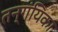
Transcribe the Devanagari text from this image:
तन्गंयिका